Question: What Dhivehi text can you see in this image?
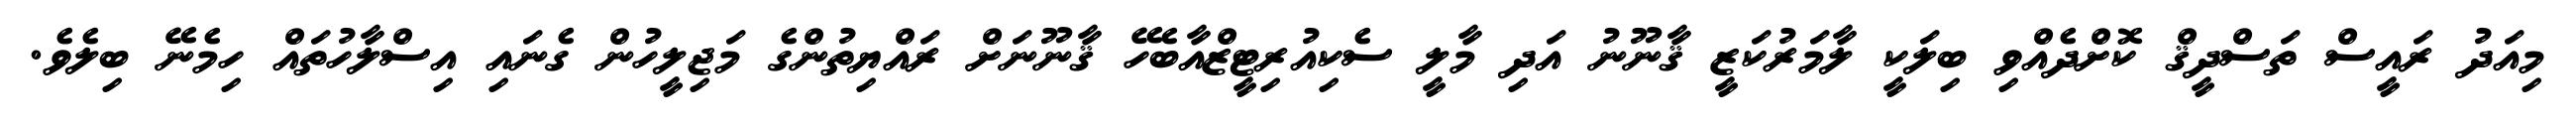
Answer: މިއަދު ރައީސް ތަސްދީޤް ކޮށްދެއްވި ބިލަކީ ލާމަރުކަޒީ ޤާނޫނު އަދި މާލީ ސެކިއުރިޓީޒްއާބެހޭ ޤާނޫނަށް ރައްޔިތުންގެ މަޖިލީހުން ގެނައި އިސްލާހުތައް ހިމެނޭ ބިލެވެ.